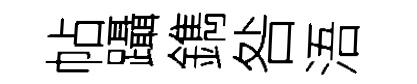
帖躡鐫咎浯